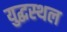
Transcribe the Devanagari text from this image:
युद्धस्‍थल